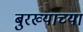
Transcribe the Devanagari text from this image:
बुरख्याच्या